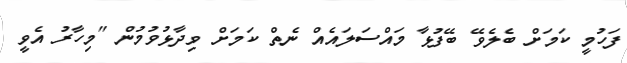
ފަހުމީ ކަމަށް ބެލެވޭ ބޭފުޅާ މައްސަލައެއް ނެތް ކަމަށް ވިދާޅުވުމުން "މިހާރު އެވީ